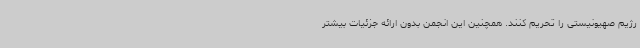
رژیم صهیونیستی را تحریم کنند. همچنین این انجمن بدون ارائه جزئیات بیشتر